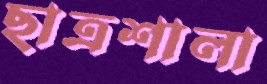
ছাত্রশালা